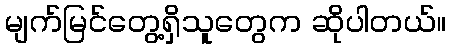
မျက်မြင်တွေ့ရှိသူတွေက ဆိုပါတယ်။